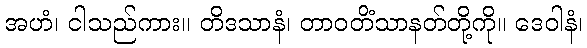
အဟံ၊ ငါသည်ကား။ တိဒသာနံ၊ တာဝတိံသာနတ်တို့ကို။ ဒေဝါနံ၊